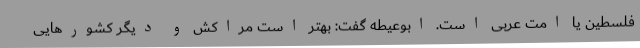
فلسطین یا امت عربی است. ابوعیطه گفت: بهتر است مراکش و دیگر کشورهایی